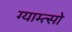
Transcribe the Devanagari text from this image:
ग्याम्त्सो